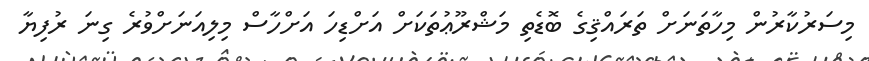
މިސަރުކާރުން މިހާތަނަށް ތަރައްޤިގެ ބޮޑެތި މަޝްރޫޢުތަކަށް އަށްޑިހަ އަށްހާސް މިލިއަނަށްވުރެ ގިނަ ރުފިޔާ